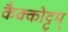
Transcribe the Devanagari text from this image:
कैक्कोट्टुम्